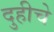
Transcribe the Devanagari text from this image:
दुहीचे